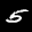
Label: 5